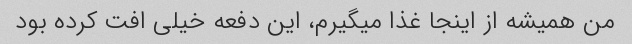
من همیشه از اینجا غذا میگیرم، این دفعه خیلی افت کرده بود